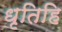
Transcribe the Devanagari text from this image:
धृतिहि